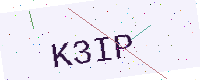
Text: K3IP